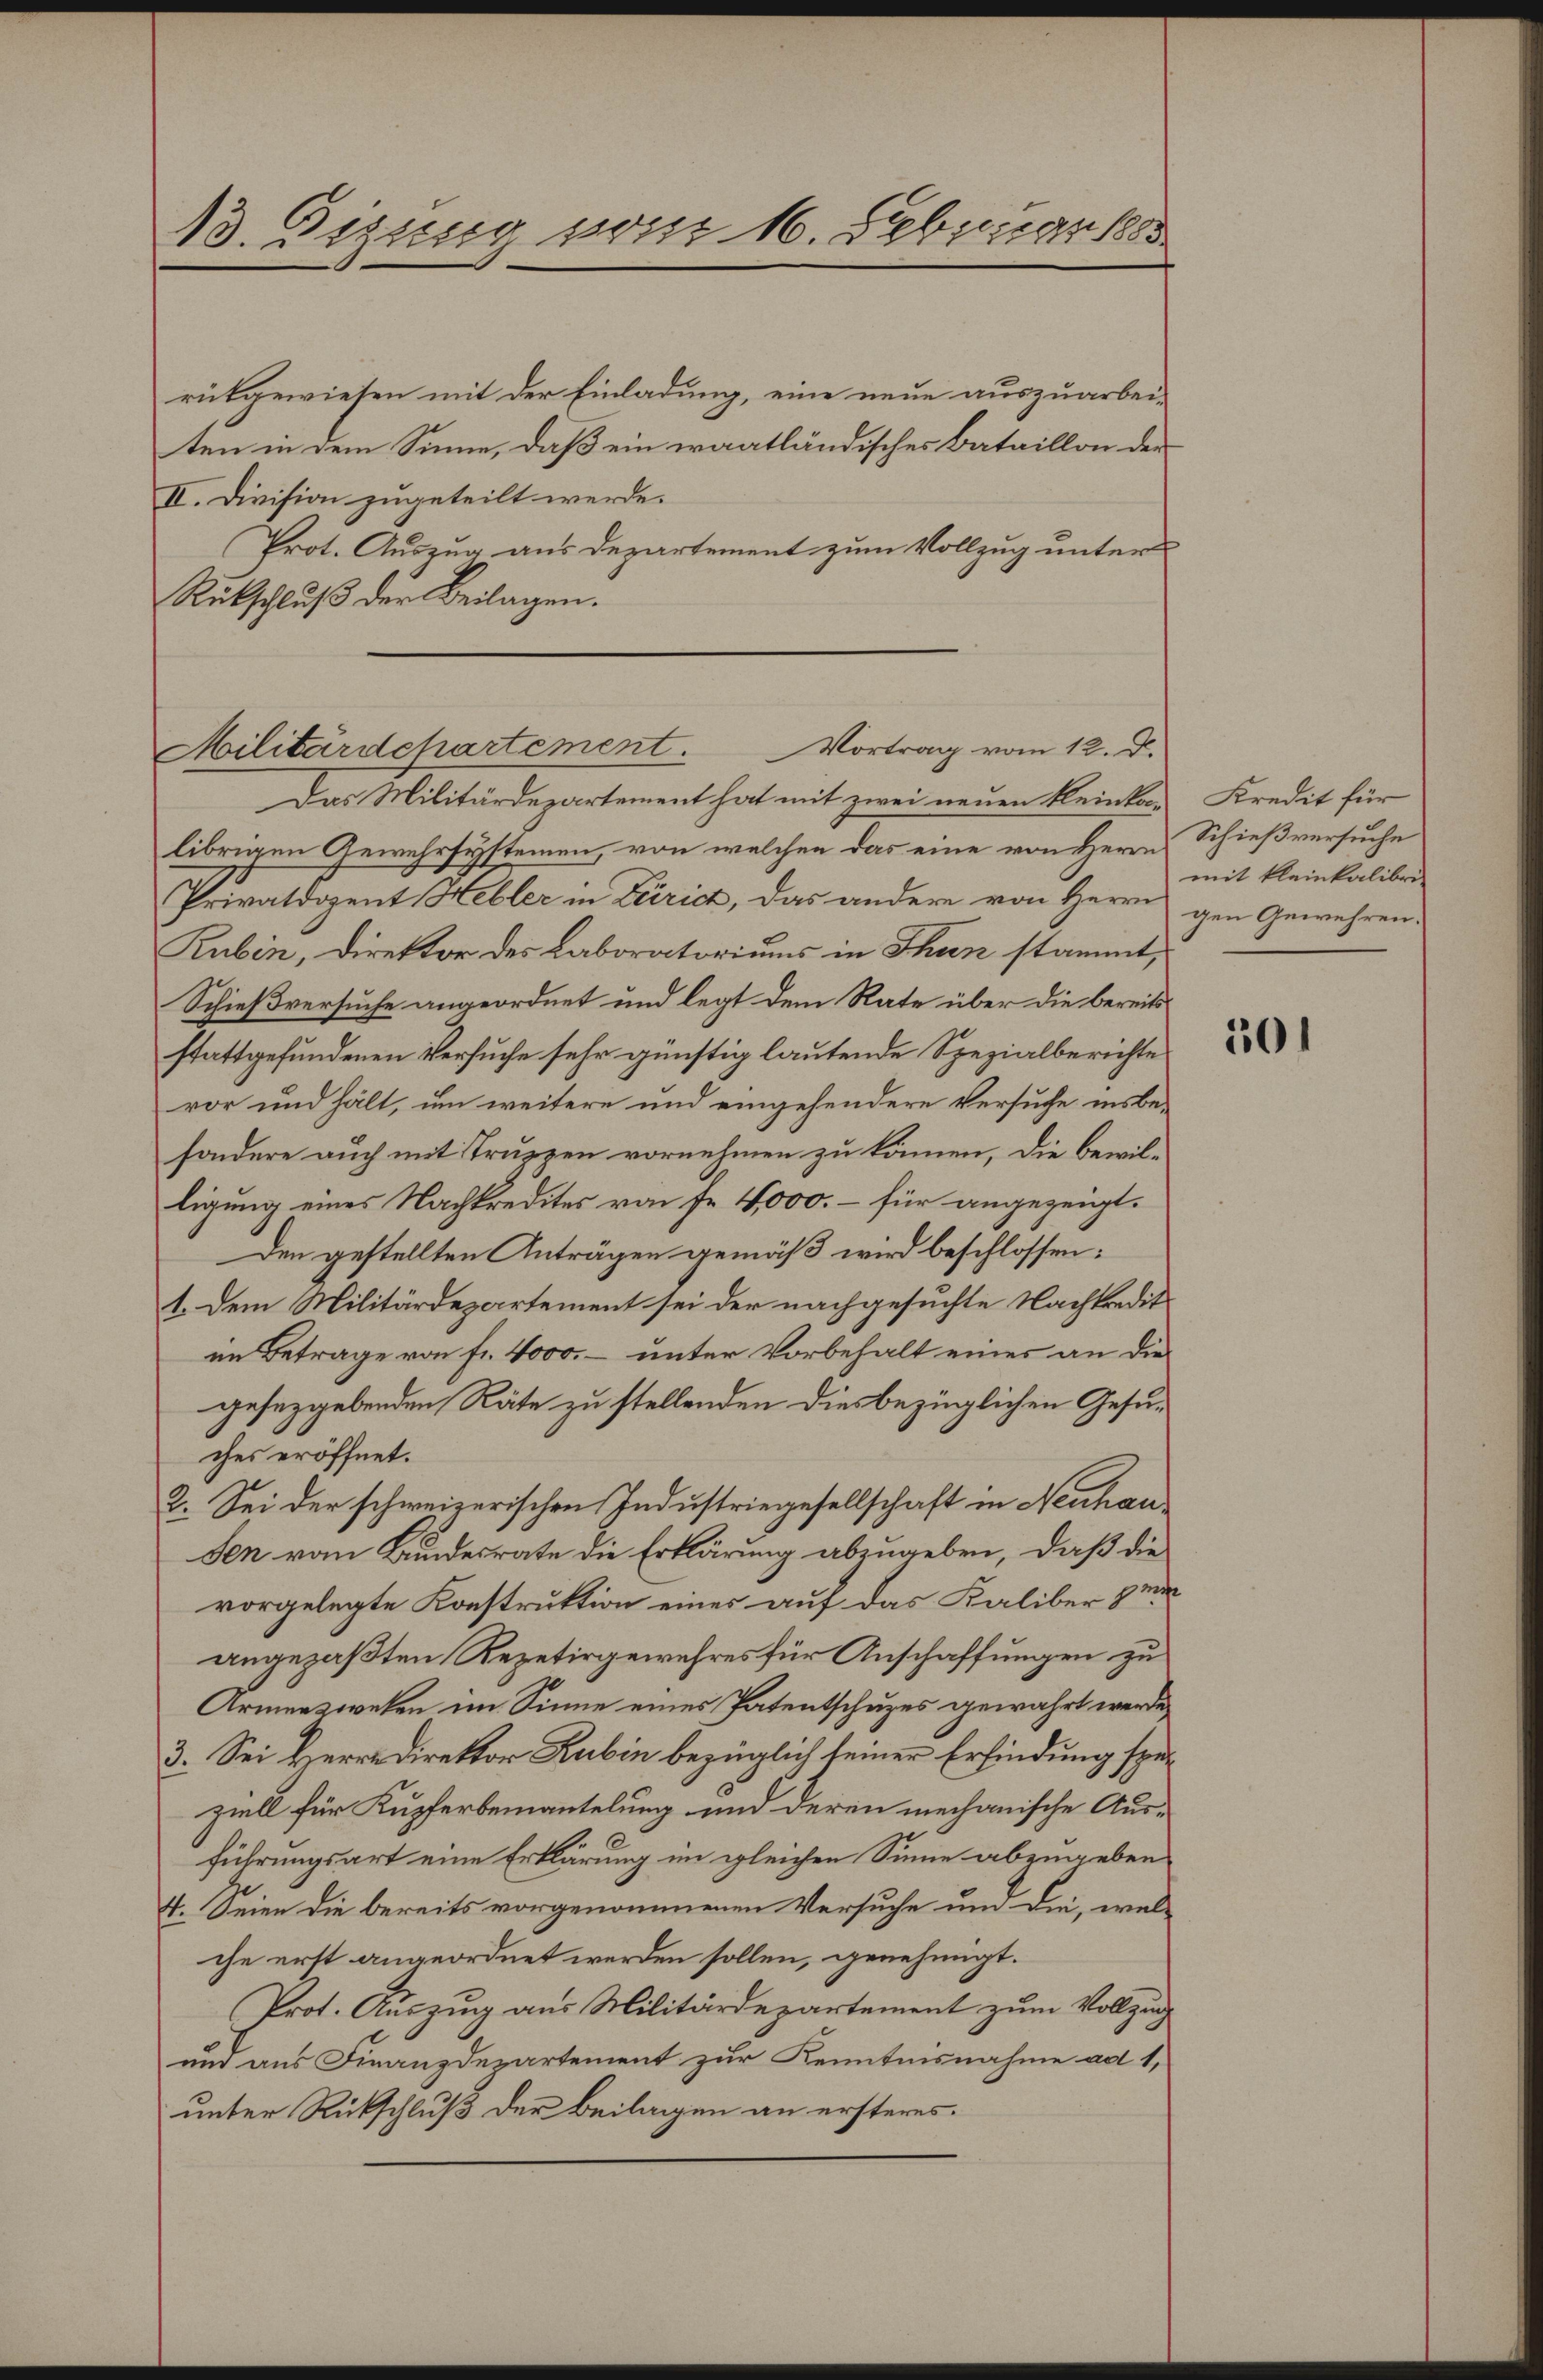
13. Sigung von 16. Februar 1888

rükgewiesen mit der Einladung, eine neue auszuarbeiten in dem Sinne, daß ein waatländisches Bataillon der
II. Division zugeteilt werde.
Prot. Auszug aus Departement zum Vollzug unter
Rückschluß der Beilagen.
Das Militärdepartement hat mit zwei neuen Kleinkolibrigen Gewehrsystemen von welchen das eine von Herrn
Privatdozent Hebler in Zürich, das andere von Herrn
Rubin, Direktor des Laboratoriums in Thun stammt,
Schießversuche angeordnet und legt dem Rate über die bereits
stattgefundenen Versuche sehr günstig lautende Spezialberichte
vor und hält, um weitere und eingehendere Versuche insbesondere auch mit Truppen vornehmen zu können, die bewilligung eines Nachkredites von Fr. 4,000.- für angezeigt.
Den gestellten Anträgen gemäß wird beschlossen:
1. Dem Militärdepartement sei der nachgesuchte Nachkreditim Betrage von Fr. 4000. – unter Vorbehalt einer an die
gesetzgebenden Räte zu stellenden diesbezüglichen Gesuches eröffnet.
2. Sei der schweizerischen Industriegesellschaft in Neuhau
sen vom Bundesrate die Erklärung abzugeben, daß die
vorgelegte Konstruktion eines auf das Kaliber zu
angepaßten Repetirgewehres für Anschaffungen zu
Armenzwesen im Sinne eines Patentschuzes gewährt werde.
3. Sei Herr Direktor Rubin bezüglich seiner Erfindung späziell für Kupferbemantelung und deren mechanische Ausführungsart eine Erklärung im gleichen Sinne abzugeben
4. Seien die bereits vorgenommenen Versuche um die, wel-
che erst angeordnet werden sollen, genehmigt.
Prot. Auszug aus Militärdepartement zum Vollzug
und aus Finanzdepartement zur Kenntnisnahme ad 1,
unter Rückschluß der Beilagen an ersteres.

Militärdchartement. Vortrag vom 12. d.

Kredit für
Schießversuche
mit kleinkalibri
gen Gewehren.

301